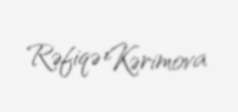
Rəfiqə Kərimova